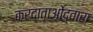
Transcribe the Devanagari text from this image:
करदाताओंद्वारा